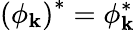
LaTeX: \left(\phi_{\mathbf{k}}\right)^{*}=\phi_{\mathbf{k}}^{*}